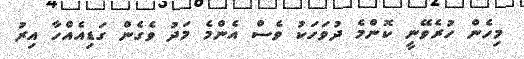
މިހެން ހުރެވޭނީ ކޮންމެ ދުވަހަކު ވެސް އެންމެ މަދު ވެގެން ގަޑިއެއްހާ އިރު